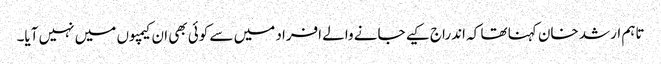
تاہم ارشد خان کہنا تھا کہ اندراج کیے جانے والے افراد میں سے کوئی بھی ان کیمپوں میں نہیں آیا۔